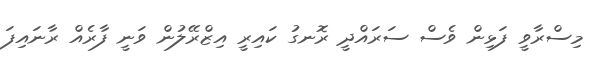
މިސްރާވީ ފަޅިން ވެސް ސަރައްދީ ރޮނގު ކައިރީ އިޒްރޭލުން ވަނީ ފާރެއް ރާނައިފަ